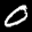
Label: 0